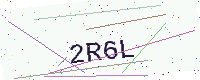
Text: 2R6L